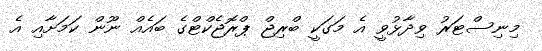
މިނިސްޓަރު ވިދާޅުވީ އެ މަގަކީ ބްރިޖް ޕްރޮޖެކްޓްގެ ބައެއް ނޫން ކަމަށާއި އެ